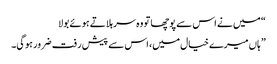
“ میں نے اس سے پوچھا تو وہ سر ہلاتے ہوئے بولا
” ہاں میرے خیال میں، اس سے پیش رفت ضرور ہوگی۔